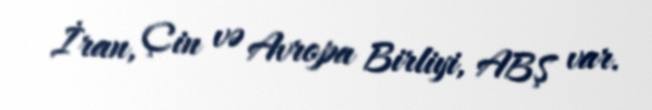
İran, Çin və Avropa Birliyi, ABŞ var.